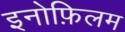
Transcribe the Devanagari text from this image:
इनोफ़िलम